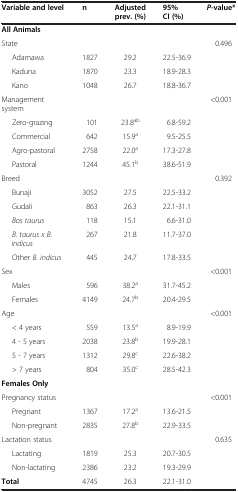
<table><thead><tr><td><b>Variable and level</b></td><td><b>n</b></td><td><b>Adjusted prev. (%)</b></td><td><b>95% CI (%)</b></td><td><b><i>P</i>-value*</b></td></tr></thead><tbody><tr><td><b>All Animals</b></td><td> </td><td> </td><td> </td><td> </td></tr><tr><td>State</td><td> </td><td> </td><td> </td><td>0.496</td></tr><tr><td>Adamawa</td><td>1827</td><td>29.2</td><td>22.5-36.9</td><td> </td></tr><tr><td>Kaduna</td><td>1870</td><td>23.3</td><td>18.9-28.3</td><td> </td></tr><tr><td>Kano</td><td>1048</td><td>26.7</td><td>18.8-36.7</td><td> </td></tr><tr><td>Management system</td><td> </td><td> </td><td> </td><td>&lt;0.001</td></tr><tr><td>Zero-grazing</td><td>101</td><td>23.8<sup>ab</sup></td><td>6.8-59.2</td><td> </td></tr><tr><td>Commercial</td><td>642</td><td>15.9<sup>a</sup></td><td>9.5-25.5</td><td> </td></tr><tr><td>Agro-pastoral</td><td>2758</td><td>22.0<sup>a</sup></td><td>17.3-27.8</td><td> </td></tr><tr><td>Pastoral</td><td>1244</td><td>45.1<sup>b</sup></td><td>38.6-51.9</td><td> </td></tr><tr><td>Breed</td><td> </td><td> </td><td> </td><td>0.392</td></tr><tr><td>Bunaji</td><td>3052</td><td>27.5</td><td>22.5-33.2</td><td> </td></tr><tr><td>Gudali</td><td>863</td><td>26.3</td><td>22.1-31.1</td><td> </td></tr><tr><td><i>Bos taurus</i></td><td>118</td><td>15.1</td><td>6.6-31.0</td><td> </td></tr><tr><td><i>B. taurus x B. indicus</i></td><td>267</td><td>21.8</td><td>11.7-37.0</td><td> </td></tr><tr><td>Other <i>B. indicus</i></td><td>445</td><td>24.7</td><td>17.8-33.5</td><td> </td></tr><tr><td>Sex</td><td> </td><td> </td><td> </td><td>&lt;0.001</td></tr><tr><td>Males</td><td>596</td><td>38.2<sup>a</sup></td><td>31.7-45.2</td><td> </td></tr><tr><td>Females</td><td>4149</td><td>24.7<sup>b</sup></td><td>20.4-29.5</td><td> </td></tr><tr><td>Age</td><td> </td><td> </td><td> </td><td>&lt;0.001</td></tr><tr><td>&lt; 4 years</td><td>559</td><td>13.5<sup>a</sup></td><td>8.9-19.9</td><td> </td></tr><tr><td>4 - 5 years</td><td>2038</td><td>23.8<sup>b</sup></td><td>19.9-28.1</td><td> </td></tr><tr><td>5 - 7 years</td><td>1312</td><td>29.8<sup>c</sup></td><td>22.6-38.2</td><td> </td></tr><tr><td>&gt; 7 years</td><td>804</td><td>35.0<sup>c</sup></td><td>28.5-42.3</td><td> </td></tr><tr><td><b>Females Only</b></td><td> </td><td> </td><td> </td><td> </td></tr><tr><td>Pregnancy status</td><td> </td><td> </td><td> </td><td>&lt;0.001</td></tr><tr><td>Pregnant</td><td>1367</td><td>17.2<sup>a</sup></td><td>13.6-21.5</td><td> </td></tr><tr><td>Non-pregnant</td><td>2835</td><td>27.8<sup>b</sup></td><td>22.9-33.5</td><td> </td></tr><tr><td>Lactation status</td><td> </td><td> </td><td> </td><td>0.635</td></tr><tr><td>Lactating</td><td>1819</td><td>25.3</td><td>20.7-30.5</td><td> </td></tr><tr><td>Non-lactating</td><td>2386</td><td>23.2</td><td>19.3-29.9</td><td> </td></tr><tr><td><b>Total</b></td><td>4745</td><td>26.3</td><td>22.1-31.0</td><td> </td></tr></tbody></table>